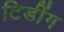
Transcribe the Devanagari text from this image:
टिडींग